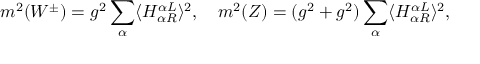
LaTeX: m ^ { 2 } ( W ^ { \pm } ) = g ^ { 2 } \sum _ { \alpha } \langle H _ { \alpha R } ^ { \alpha L } \rangle ^ { 2 } , \quad m ^ { 2 } ( Z ) = ( g ^ { 2 } + g ^ { 2 } ) \sum _ { \alpha } \langle H _ { \alpha R } ^ { \alpha L } \rangle ^ { 2 } , \quad